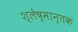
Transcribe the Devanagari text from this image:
श्‍लेष्मान्तक